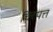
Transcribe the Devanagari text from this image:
चिरंपत्त